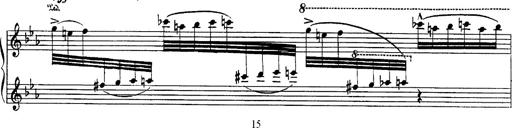
Title: Fantaisie sur des motifs favoris de l'opÃ©ra 'La sonnambula'
Composer: Franz Liszt